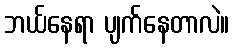
ဘယ်နေရာ ပျက်နေတာလဲ။